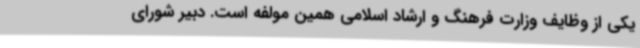
یکی از وظایف وزارت فرهنگ و ارشاد اسلامی همین مولفه است. دبیر شورای